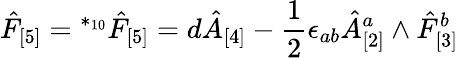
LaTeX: \hat{F}_{[5]}={}^{*_{10}}\hat{F}_{[5]}=d\hat{A}_{[4]}-\frac 12\epsilon_{ab}\hat{A}_{[2]}^{a}\wedge\hat{F}_{[3]}^{b}